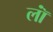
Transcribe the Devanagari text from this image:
लॉं